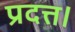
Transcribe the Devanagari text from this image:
प्रदत्त।